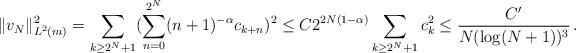
LaTeX: \begin{gather*}\|v_{N}\|_{L^2(m)}^2= \sum_{k\ge 2^N+1}(\sum_{n=0}^{2^N}(n+1)^{-\alpha}c_{k+n})^2\le C 2^{2N(1-\alpha)}\sum_{k\ge 2^N+1}c_{k}^2 \le \frac{C'}{N(\log (N+1))^3}\, . \end{gather*}